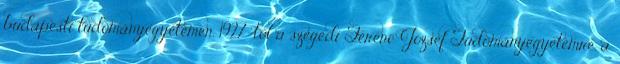
budapesti tudományegyetemen. 1927-től a szegedi Ferenc József Tudományegyetemre, a